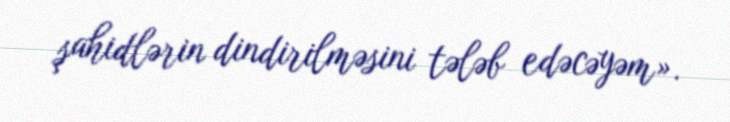
şahidlərin dindirilməsini tələb edəcəyəm».